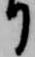
り